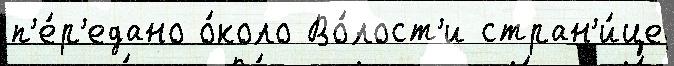
п'е́р'едано о́коло Во́лост'и стран'и́це